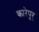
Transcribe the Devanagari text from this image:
कारेपूर्